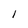
Character: 1